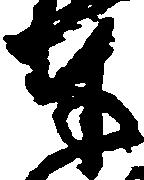
奉